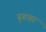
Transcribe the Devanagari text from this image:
ढुढाहर